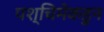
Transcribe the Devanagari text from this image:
पश्चिमेकडुन